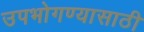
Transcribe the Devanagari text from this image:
उपभोगण्यासाठी